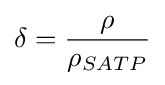
\delta ={\rho  \over \rho _{SATP}}